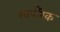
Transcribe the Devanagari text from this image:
खर्परिक